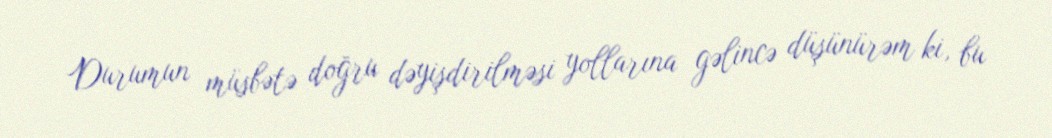
Durumun müsbətə doğru dəyişdirilməsi yollarına gəlincə düşünürəm ki, bu